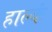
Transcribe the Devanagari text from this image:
हाल्कं